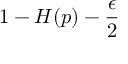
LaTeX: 1 - H ( p ) - { \frac { \epsilon } { 2 } }